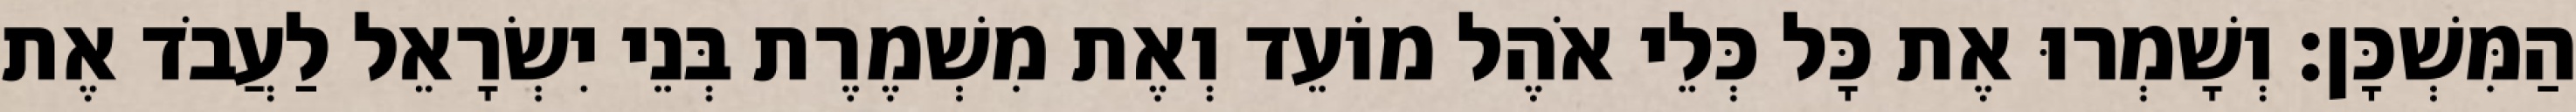
הַמִּשְׁכָּן׃ וְשָׁמְרוּ אֶת כָּל כְּלֵי אֹהֶל מוֹעֵד וְאֶת מִשְׁמֶרֶת בְּנֵי יִשְׂרָאֵל לַעֲבֹד אֶת